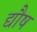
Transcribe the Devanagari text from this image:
द्यौष